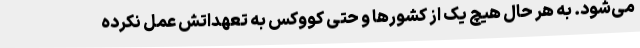
می‌شود. به هر حال هیچ یک از کشورها و حتی کووکس به تعهداتش عمل نکرده